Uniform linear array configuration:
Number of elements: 64
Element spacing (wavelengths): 0.5
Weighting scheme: cosine
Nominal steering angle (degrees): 15
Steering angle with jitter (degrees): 16.045
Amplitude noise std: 0.05
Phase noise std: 0.05

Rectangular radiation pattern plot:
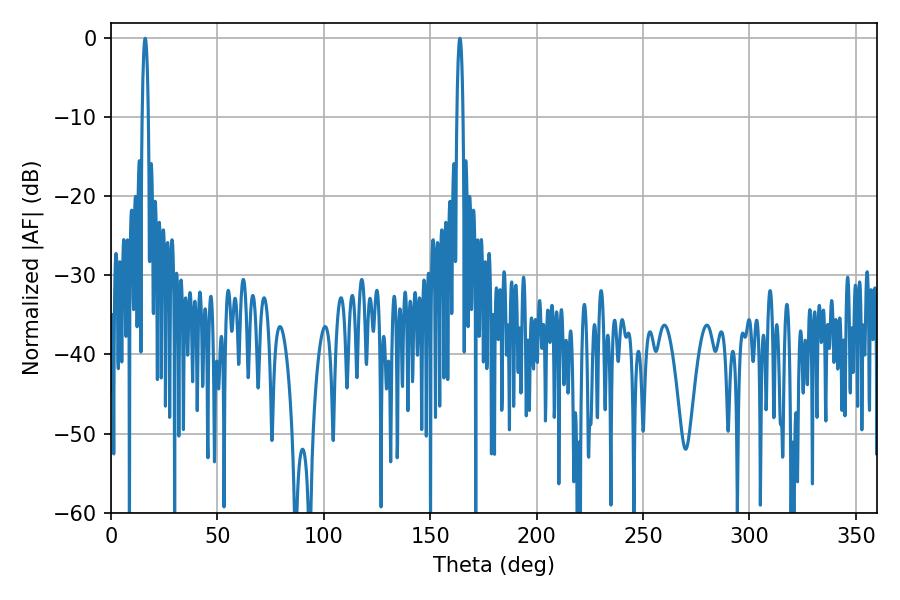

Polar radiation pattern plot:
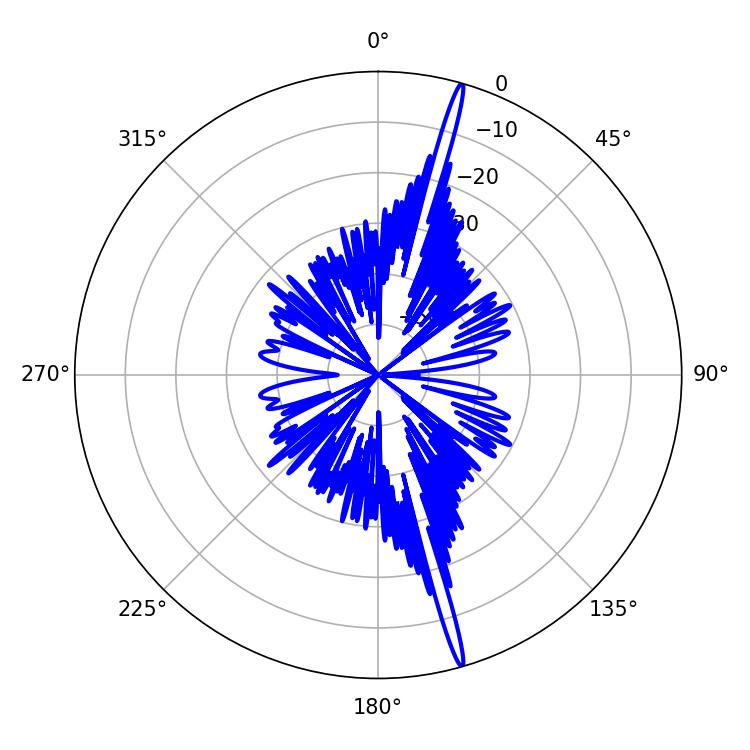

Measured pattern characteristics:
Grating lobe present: FALSE
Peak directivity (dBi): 20.409
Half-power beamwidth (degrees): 1.62
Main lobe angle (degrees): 16.02